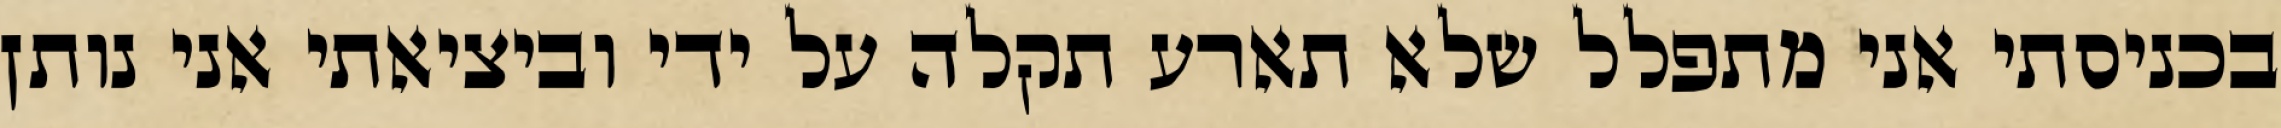
בכניסתי אני מתפלל שלא תארע תקלה על ידי וביציאתי אני נותן